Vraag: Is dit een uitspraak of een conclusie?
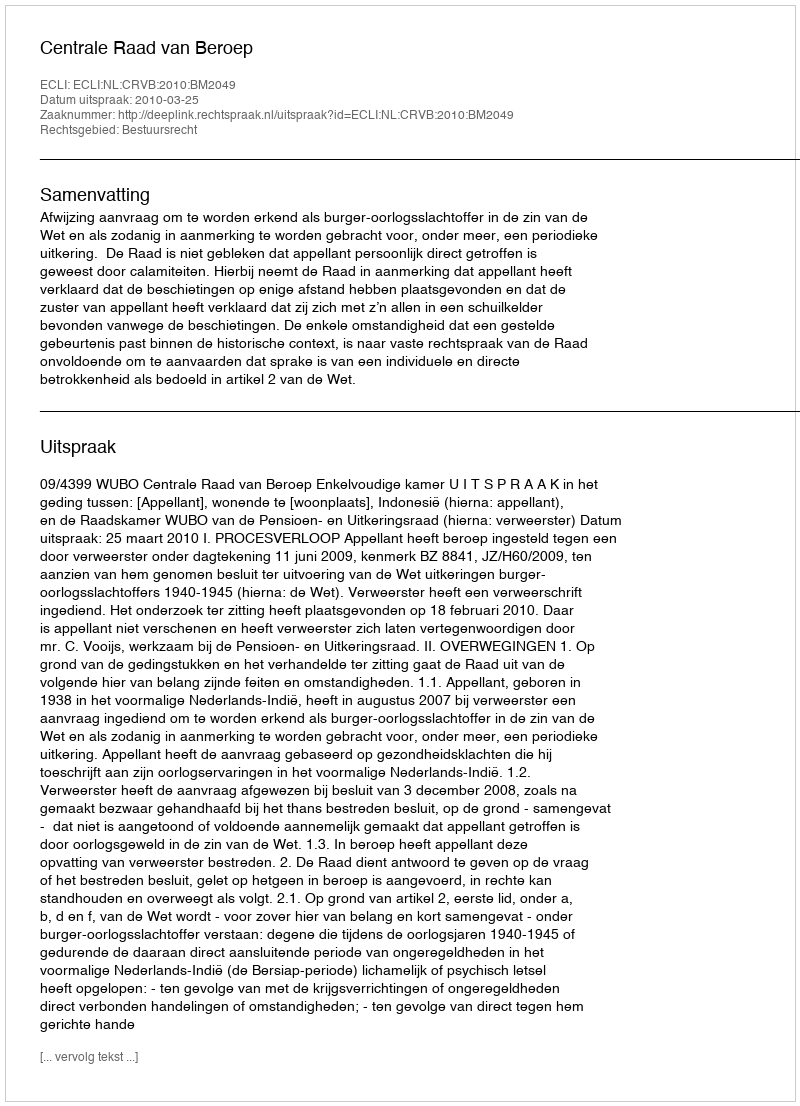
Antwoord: Uitspraak